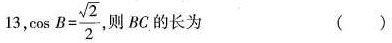
13，$$\cos B = \frac { \sqrt { 2 } } { 2 }$$则BC的长为 ()